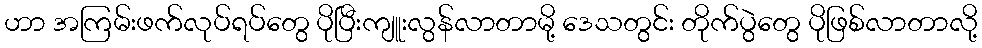
ဟာ အကြမ်းဖက်လုပ်ရပ်တွေ ပိုပြီးကျူးလွန်လာတာမို့ ဒေသတွင်း တိုက်ပွဲတွေ ပိုဖြစ်လာတာလို့